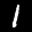
Label: 1